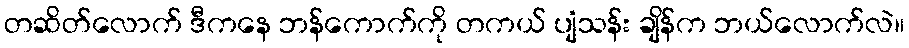
တဆိတ်လောက် ဒီကနေ ဘန်ကောက်ကို တကယ် ပျံသန်း ချိန်က ဘယ်လောက်လဲ။